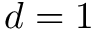
d = 1